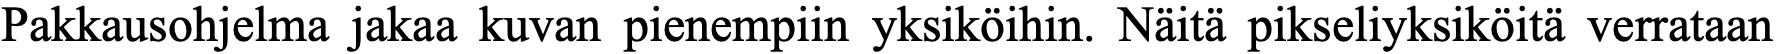
Pakkausohjelma jakaa kuvan pienempiin yksiköihin. Näitä pikseliyksiköitä verrataan